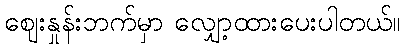
ဈေးနှုန်းဘက်မှာ လျှော့ထားပေးပါတယ်။